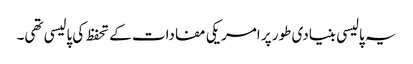
یہ پالیسی بنیادی طور پر امریکی مفادات کے تحفظ کی پالیسی تھی۔